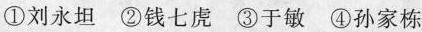
①刘永坦 ②钱七虏 ③于敏 ④孙家栋